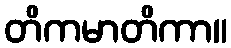
တိကမာတိကာ။